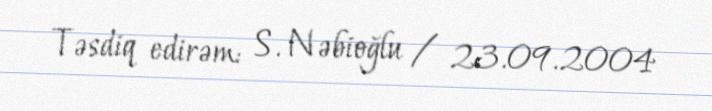
Təsdiq edirəm: S. Nəbioğlu / 23.09.2004